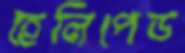
হেলিপেড